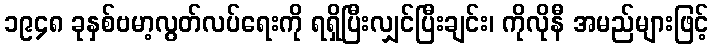
၁၉၄၈ ခုနှစ်ဗမာ့လွတ်လပ်ရေးကို ရရှိပြီးလျှင်ပြီးချင်း၊ ကိုလိုနီ အမည်များဖြင့်